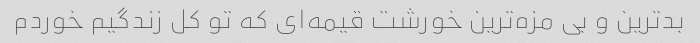
بدترین و بی مزه‌ترین خورشت قیمه‌ای که تو کل زندگیم خوردم